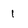
Character: 1